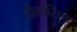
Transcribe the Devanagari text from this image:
सीक्वेंसिंग